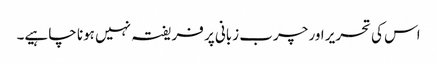
اس کی تحریر اور چرب زبانی پر فریفتہ نہیں ہونا چا ہیے۔